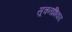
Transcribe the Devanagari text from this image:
सूचनांशिवाय